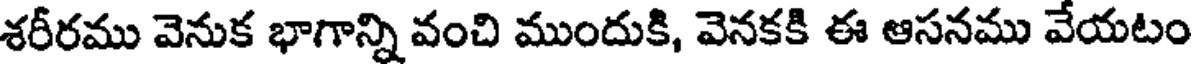
శరీరము వెనుక భాగాన్ని వంచి ముందుకి, వెనకకి ఈ ఆసనము వేయటం